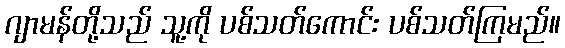
ဂျာမန်တို့သည် သူ့ကို ပစ်သတ်ကောင်း ပစ်သတ်ကြမည်။